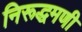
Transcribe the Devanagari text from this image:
निरूद्धमणी